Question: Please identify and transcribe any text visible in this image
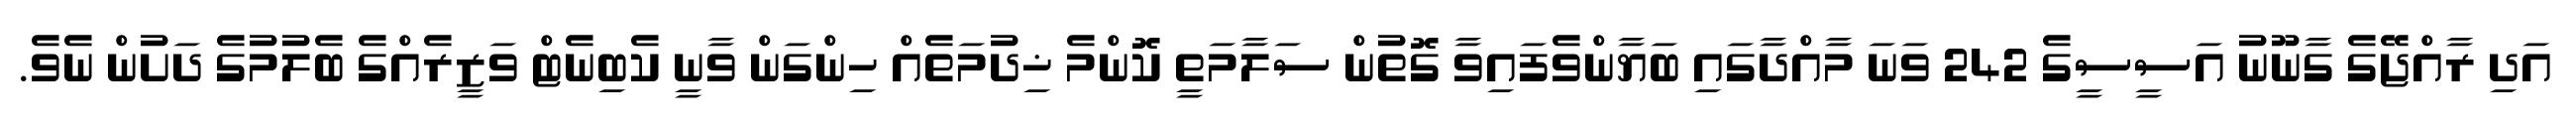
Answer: އަދި ރާއްޖޭގެ ގާނޫނު އަސީސީގެ 242 ވަނަ މާއްދާގައި ބަޔާންވެފައިވާ ގޮތުން ސަލާމަތީ ކޮންމެ ޚިދުމަތެއް ހިންގަން ވާނީ ކެބިނެޓް ވަޒީރެއްގެ ބެލުމުގެ ދަށުން ނެވެ.